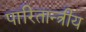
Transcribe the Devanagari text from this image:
पारितान्त्रीय